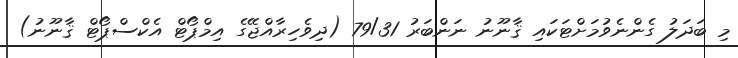
މި ބަދަލު ގެންނެވުމަށްޓަކައި ޤާނޫނު ނަންބަރު 79/31 (ދިވެހިރާއްޖޭގެ އިމްޕޯޓް އެކްސްޕޯޓް ޤާނޫނު)